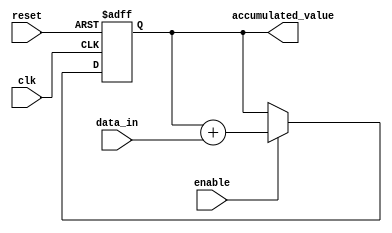
module accumulator(
    input clk,
    input reset,
    input enable,
    input [7:0] data_in,
    output reg [15:0] accumulated_value
);

always @(posedge clk or posedge reset) begin
    if (reset) begin
        accumulated_value <= 16'b0;
    end else if (enable) begin
        accumulated_value <= accumulated_value + data_in;
    end
end

endmodule